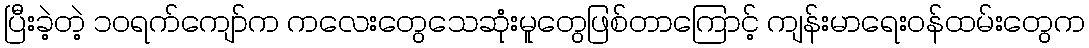
ပြီးခဲ့တဲ့ ၁၀ရက်ကျော်က ကလေးတွေသေဆုံးမူတွေဖြစ်တာကြောင့် ကျန်းမာရေးဝန်ထမ်းတွေက